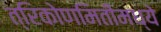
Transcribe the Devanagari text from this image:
त्रिकोणमितीमध्ये